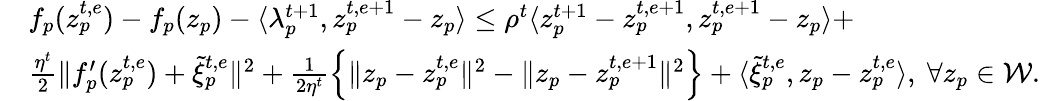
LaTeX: \begin{array}{rl}&{f_{p}(z_{p}^{t,e})-f_{p}(z_{p})-\langle\lambda_{p}^{t+1},z_{p}^{t,e+1}-z_{p}\rangle\leq\rho^{t}\langle z_{p}^{t+1}-z_{p}^{t,e+1},z_{p}^{t,e+1}-z_{p}\rangle+}\\ &{\frac{\eta^{t}}{2}\| f_{p}^{\prime}(z_{p}^{t,e})+\tilde{\xi}_{p}^{t,e}\| ^{2}+\frac{1}{2\eta^{t}}\Big\{ \| z_{p}-z_{p}^{t,e}\| ^{2}-\| z_{p}-z_{p}^{t,e+1}\| ^{2}\Big\} +\langle\tilde{\xi}_{p}^{t,e},z_{p}-z_{p}^{t,e}\rangle,\ \forall z_{p}\in\mathcal{W}.}\end{array}